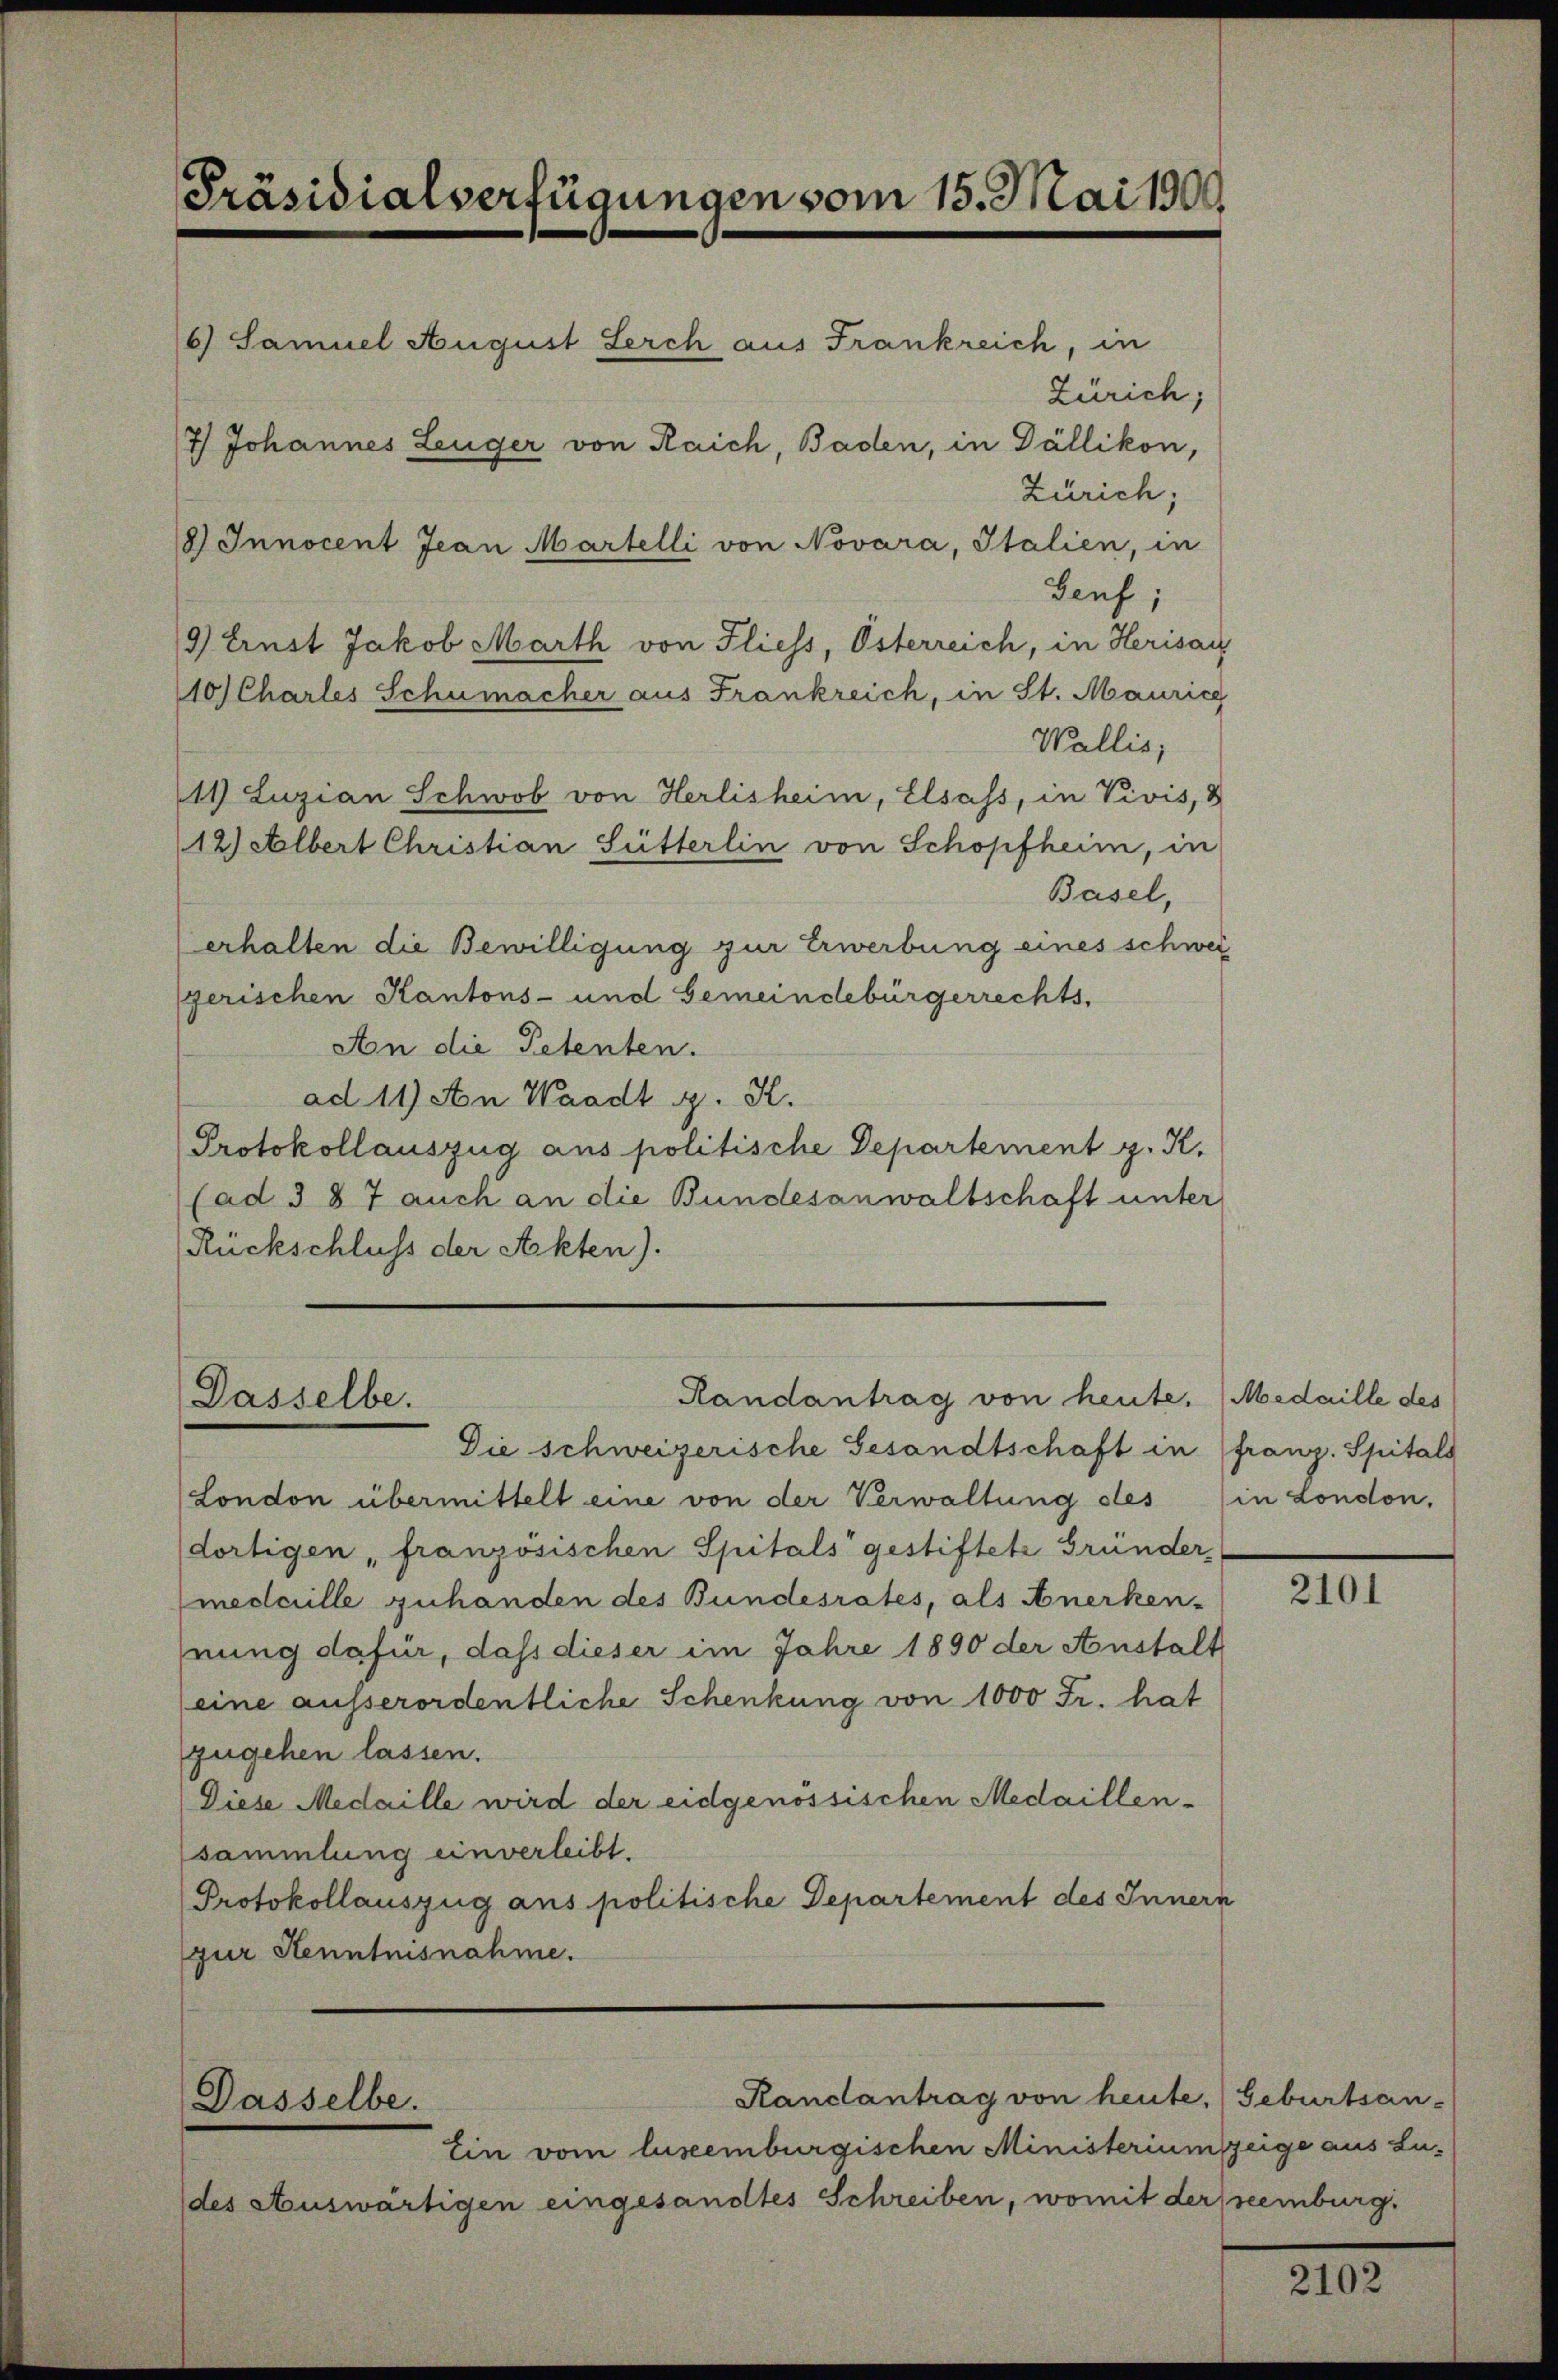
Präsidialverfügungen vom 15. Mai 1909.

Zürich;
Zürich;
Genf,
9) Einst Jakob Marth von Fliess, Österreich, in Herisau
10 Chartes Schumacher aus Frankreich, in St. Maurich
Wallis,
11) Luzian Schwob von Herlisheim, Elsass, in Vivis,
12) Albert Christian Sutterlin von Schopfheim, in
Basel,
erhalten die Bewilligung zur Erwerbung eines schwei
yerischen Kantons- und Gemeindebürgerrechts,
An die Petenten.
ad 11) An Waadt g. K.
Protokollauszug aus politische Departement z. K.
(ad 387 auch an die Bundesanwaltschaft unter
Rückschluss der Akten).

6) Samuel August Serch aus Frankreich, in
7) Johannes Leuger von Raich, Baden, in Dällikon,
8) Innocent Jean Martelli von Novara, Italien, in

Randantrag von heute. Medaille des
Passelbe.

Die schweizerische Gesandtschaft in franz. Spitals
(London übermittelt eine von der Verwaltung des (in London.
dortigen französischen Spitals gestiftete Gründer-
medaille zuhanden des Bundesrates, als Anerken-
fnung dafür, dass dieser im Jahre 1890 der Anstalt
eine ausserordentliche Schenkung von 1000 Fr. hat
zugehen lassen.
Diese Medaille wird der eidgenössischen Medaillen-
sammlung einverleibt.
Protokollauszug aus politische Departement des Innern
gur Kenntnisnahme.

Dasselbe.

Randantrag von heute, Geburtsan-

Ein vom luseemburgischen Ministerium zeige aus Lu-
(des Auswärtigen eingesandtes Schreiben, womit derseemburg.

2101

2102